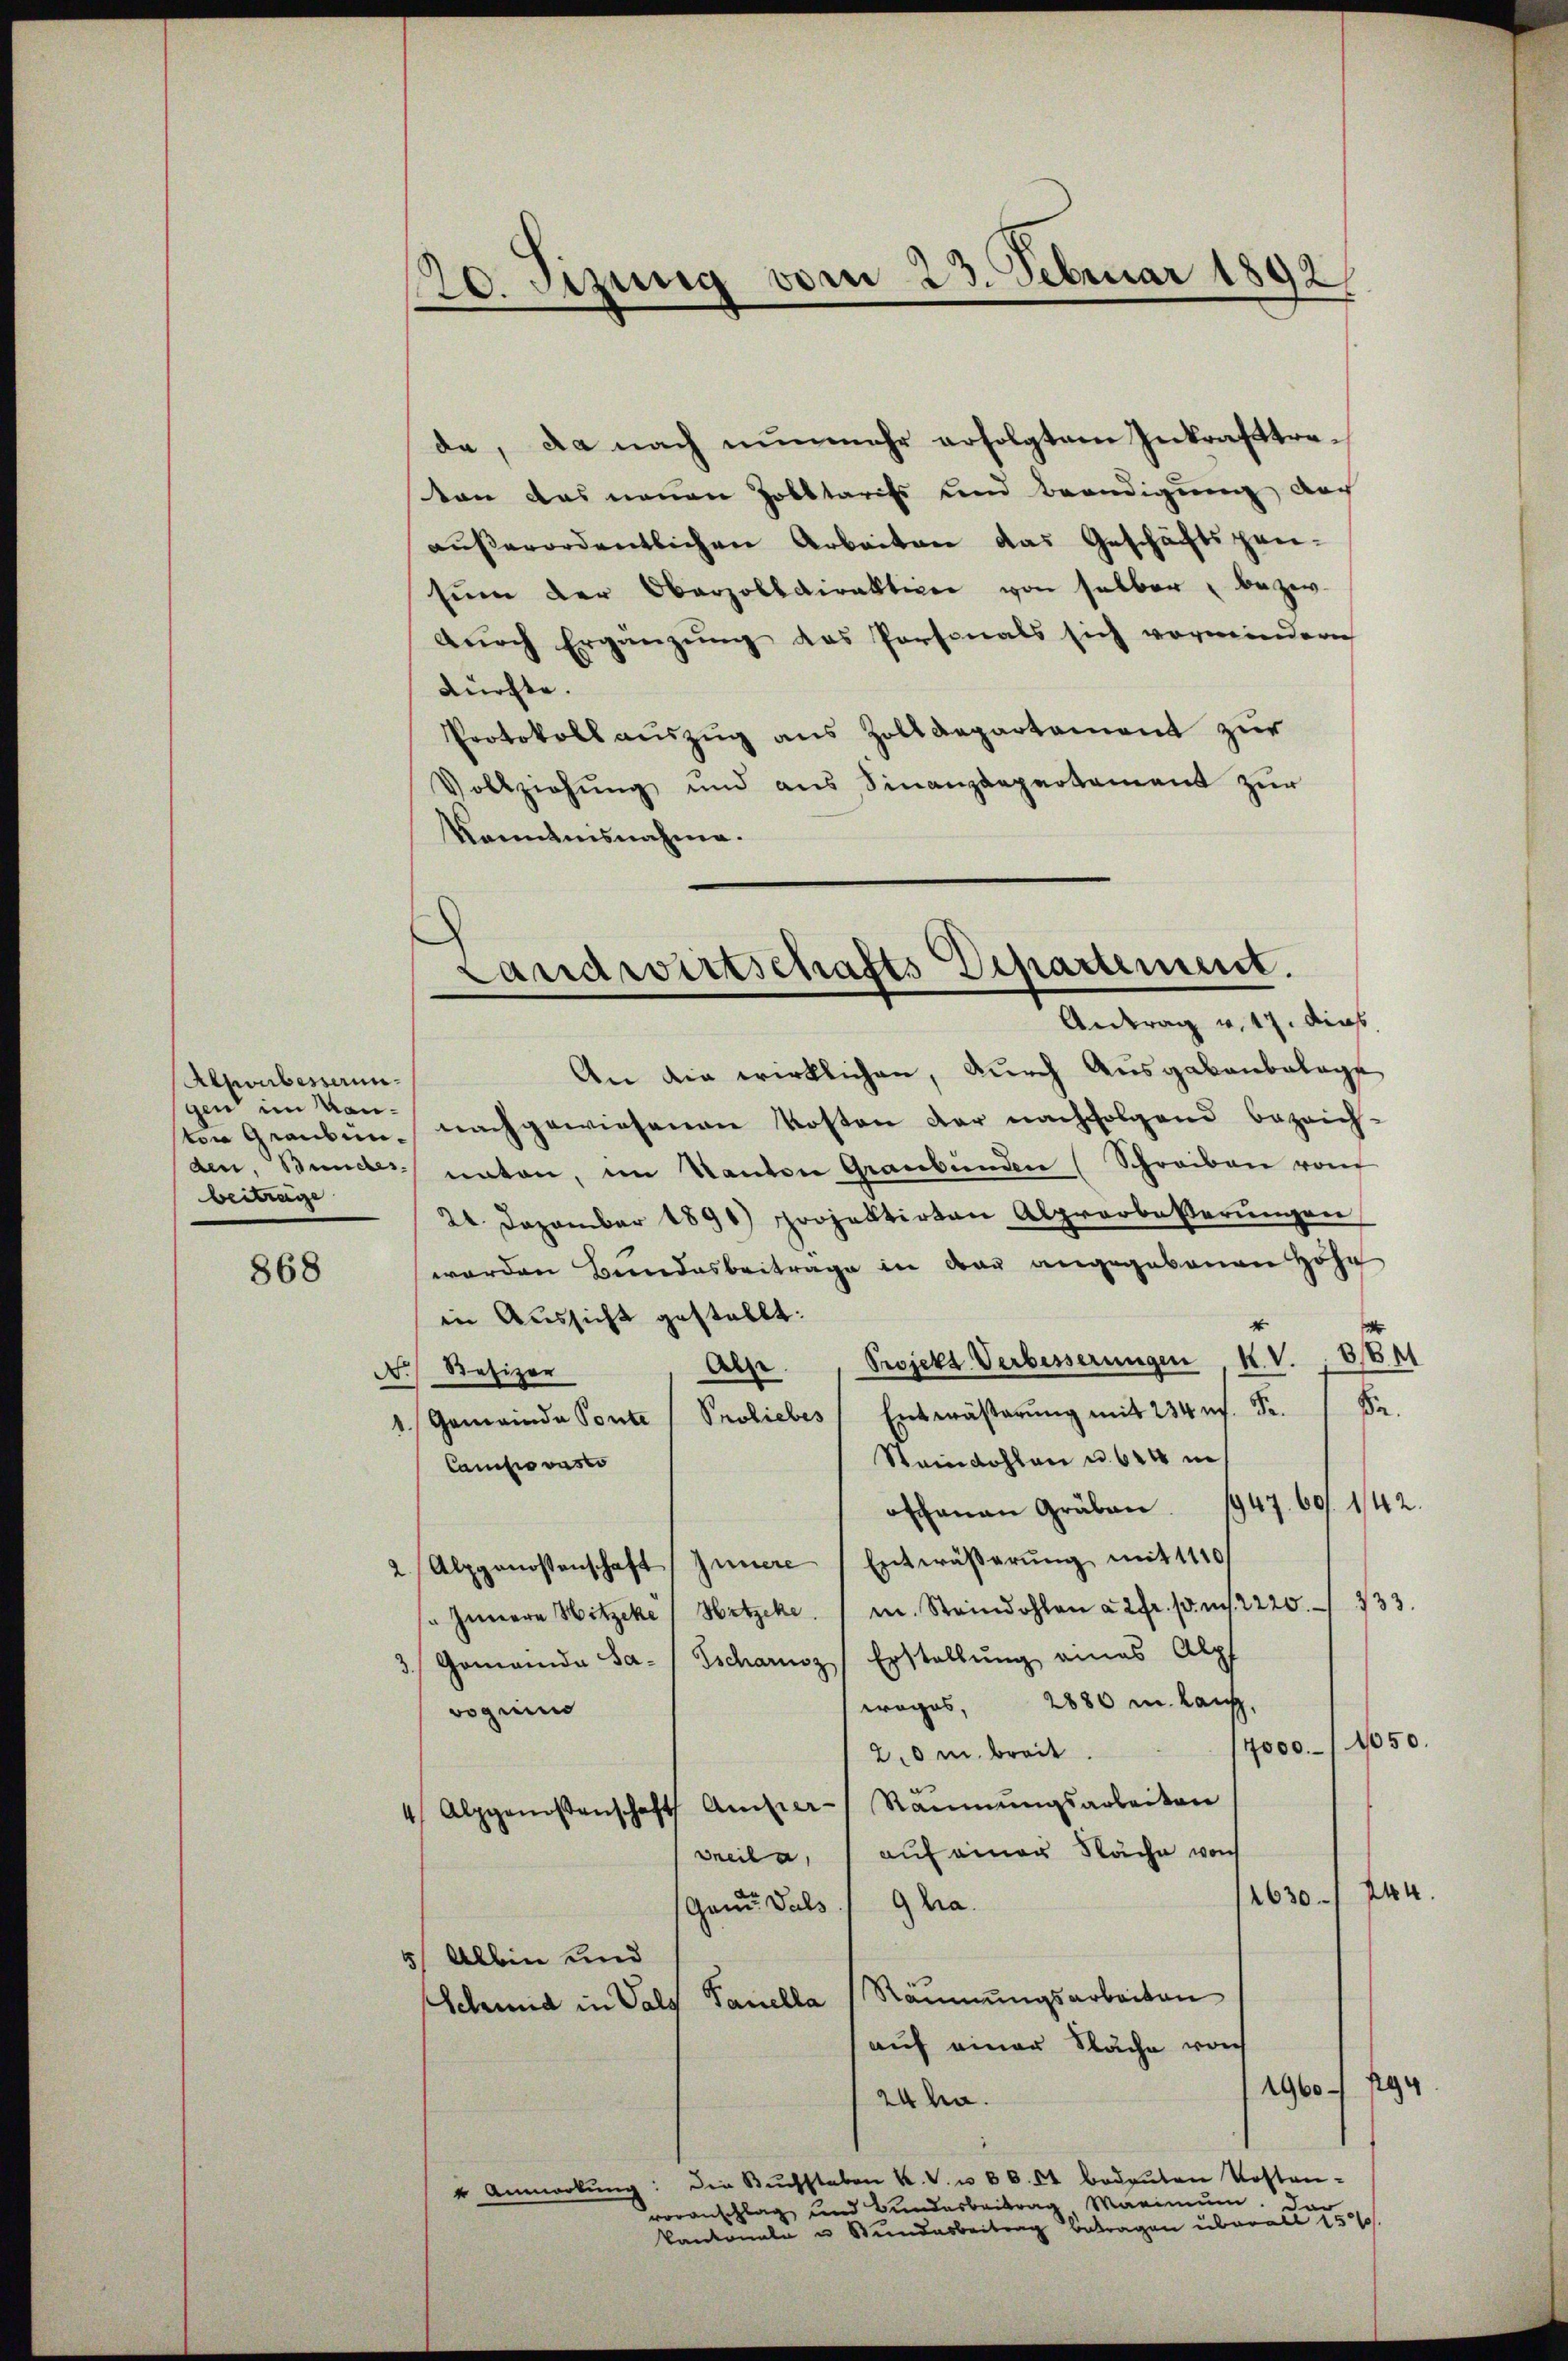
Alponbesserungen im Kanbeitrage

868

20. Sitzung vom 23. Februar 1892

de, da nach nunmehr erfolgtem Inkrafttreton das neuen Zolltariss und Beendigung doch
außerordentlichen Arbeiten das Geschäftspan-
sŭm der Oberzolldirektion von selber bezw.
durch Ergänzung des Personals sich vermindern
dürfte.
Protokoll auszug aus Zolldepartement zur
Vollziehung und aus Finanzdepartement zur
Kenntnisnahme.

An die wirklichen, durch Ausgabenbelage
ten Grauben nachgewiesenen Kosten der nachfolgend bezeich-
den Bundes unten, im Kanton Graubünden (Schreiben von
24. Dezember 1890) projektirten Alprerbeßerŭngen
worden Beendesbeiträge in der angegebenen Hohe
in Aussicht gestellt:
8
XV.
Projekt Verbesserungen
Ale
N. Resizer
Sa.
Preliebes Entwässerung mit 234 n. F.
1. Gemeinde Ponte
Steinkohlen u. 614 i
Camisio vasto
offenen Gräben. 1947. 69. 142.
2. Alpgenossenschaft Innere Entwäßerung mit 1110
733.
 Innern Hitzeke Hitzke / m. Steindohlen à 2fr. pr. m2220.
Gemeinde sa-/ Tscharoz Erstellung eines Alpf
wages, 2880 m. Lauf,
voguins
17000. 1050.
2,0m breit.
4 Alpgenossenschaft Anfer- Räŭmŭngsarbeiten
Beila, auf einer Näche woch
244.
1630
Gant Puls / 9 hra
5/ Albin und
Schmid in Vals Tanella (Räumungsarbeiten
auf einer Näche vorh
494
1960.
24ha.
die Buchstaben K. V. u. 86. et bedeuten Kosten-
4 Anmerkung
voranschlag und Bundesbeitrag Maximum. Da
kantonale u Stundarbeitrag betragen überall 15

Landwirtschafts-Departement.
Antrag v. 17. dies